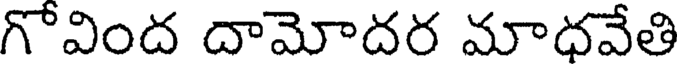
గొవింద దామోదర మాధవేతి